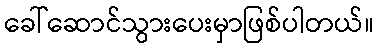
ခေါ်ဆောင်သွားပေးမှာဖြစ်ပါတယ်။